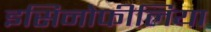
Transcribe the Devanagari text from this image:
इसिनोफीलिया